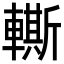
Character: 䡳